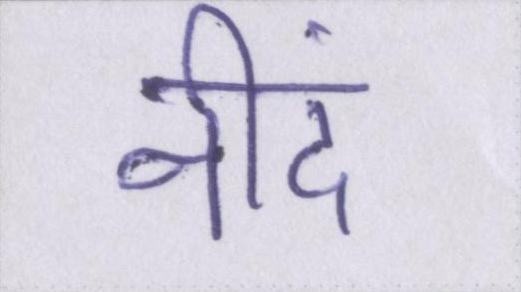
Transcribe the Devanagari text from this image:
नीदं